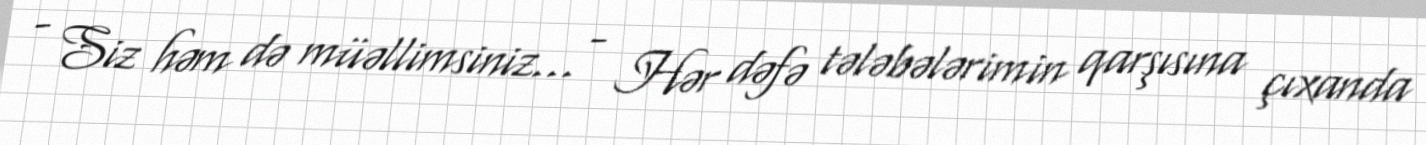
- Siz həm də müəllimsiniz... - Hər dəfə tələbələrimin qarşısına çıxanda